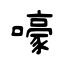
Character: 嚎